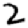
Digit: 2